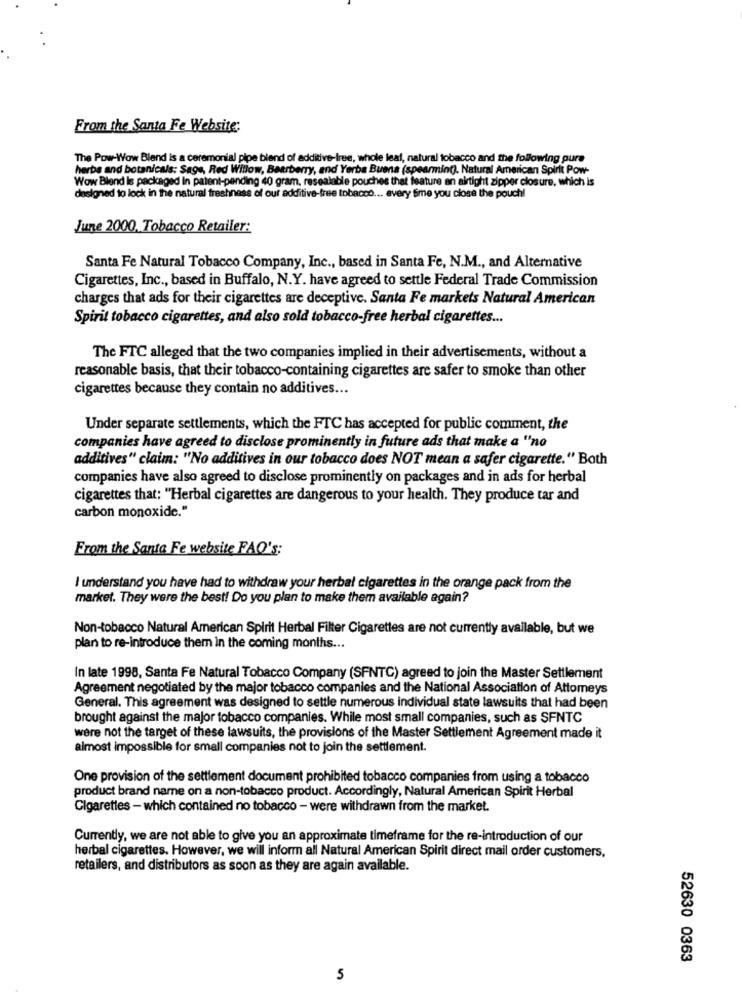
From the Santa Fe Website:
The Pow-Wow Blend Is a ceremonial pipe blend of additive-Iree, whole leaf, natural tobacco and the following pure
herbs and botanicals: Sage, Red Willow, Bearberry, and Yerba Buena (spearmint). Natural American Spirit Pow-
Wow Blend Is packaged In patent-pending 40 gram, resealable pouches that feature an airtight zipper closure, which is
designed to lock in the natural freshness of our additive-free tobacco ... every time you close the pouch!
June 2000, Tobacco Retailer:
Santa Fe Natural Tobacco Company, Inc ., based in Santa Fe, N.M ., and Alternative
Cigarettes, Inc ., based in Buffalo, N.Y. have agreed to settle Federal Trade Commission
charges that ads for their cigarettes are deceptive. Santa Fe markets Natural American
Spirit tobacco cigarettes, and also sold tobacco-free herbal cigarettes ...
The FTC alleged that the two companies implied in their advertisements, without a
reasonable basis, that their tobacco-containing cigarettes are safer to smoke than other
cigarettes because they contain no additives ...
Under separate settlements, which the FTC has accepted for public comment, the
companies have agreed to disclose prominently in future ads that make a ''no
additives" claim: "No additives in our tobacco does NOT mean a safer cigarette." Both
companies have also agreed to disclose prominently on packages and in ads for herbal
cigarettes that: "Herbal cigarettes are dangerous to your health. They produce tar and
carbon monoxide."
From the Santa Fe website FAO's:
I understand you have had to withdraw your herbal cigarettes in the orange pack from the
market. They were the best! Do you plan to make them available again?
Non-tobacco Natural American Spirit Herbal Filter Cigarettes are not currently available, but we
plan to re-introduce them in the coming months ...
In late 1998, Santa Fe Natural Tobacco Company (SFNTC) agreed to join the Master Settlement
Agreement negotiated by the major tobacco companies and the National Association of Attomeys
General. This agreement was designed to settle numerous individual state lawsuits that had been
brought against the major tobacco companies. While most small companies, such as SFNTC
were not the target of these lawsuits, the provisions of the Master Settlement Agreement made it
almost impossible for small companies not to join the settlement.
One provision of the settlement document prohibited tobacco companies from using a tobacco
product brand name on a non-tobacco product. Accordingly, Natural American Spirit Herbal
Cigarettes - which contained no tobacco - were withdrawn from the market.
Currently, we are not able to give you an approximate timeframe for the re-introduction of our
herbal cigarettes. However, we will inform all Natural American Spirit direct mail order customers,
retailers, and distributors as soon as they are again available.
52630 0363
5